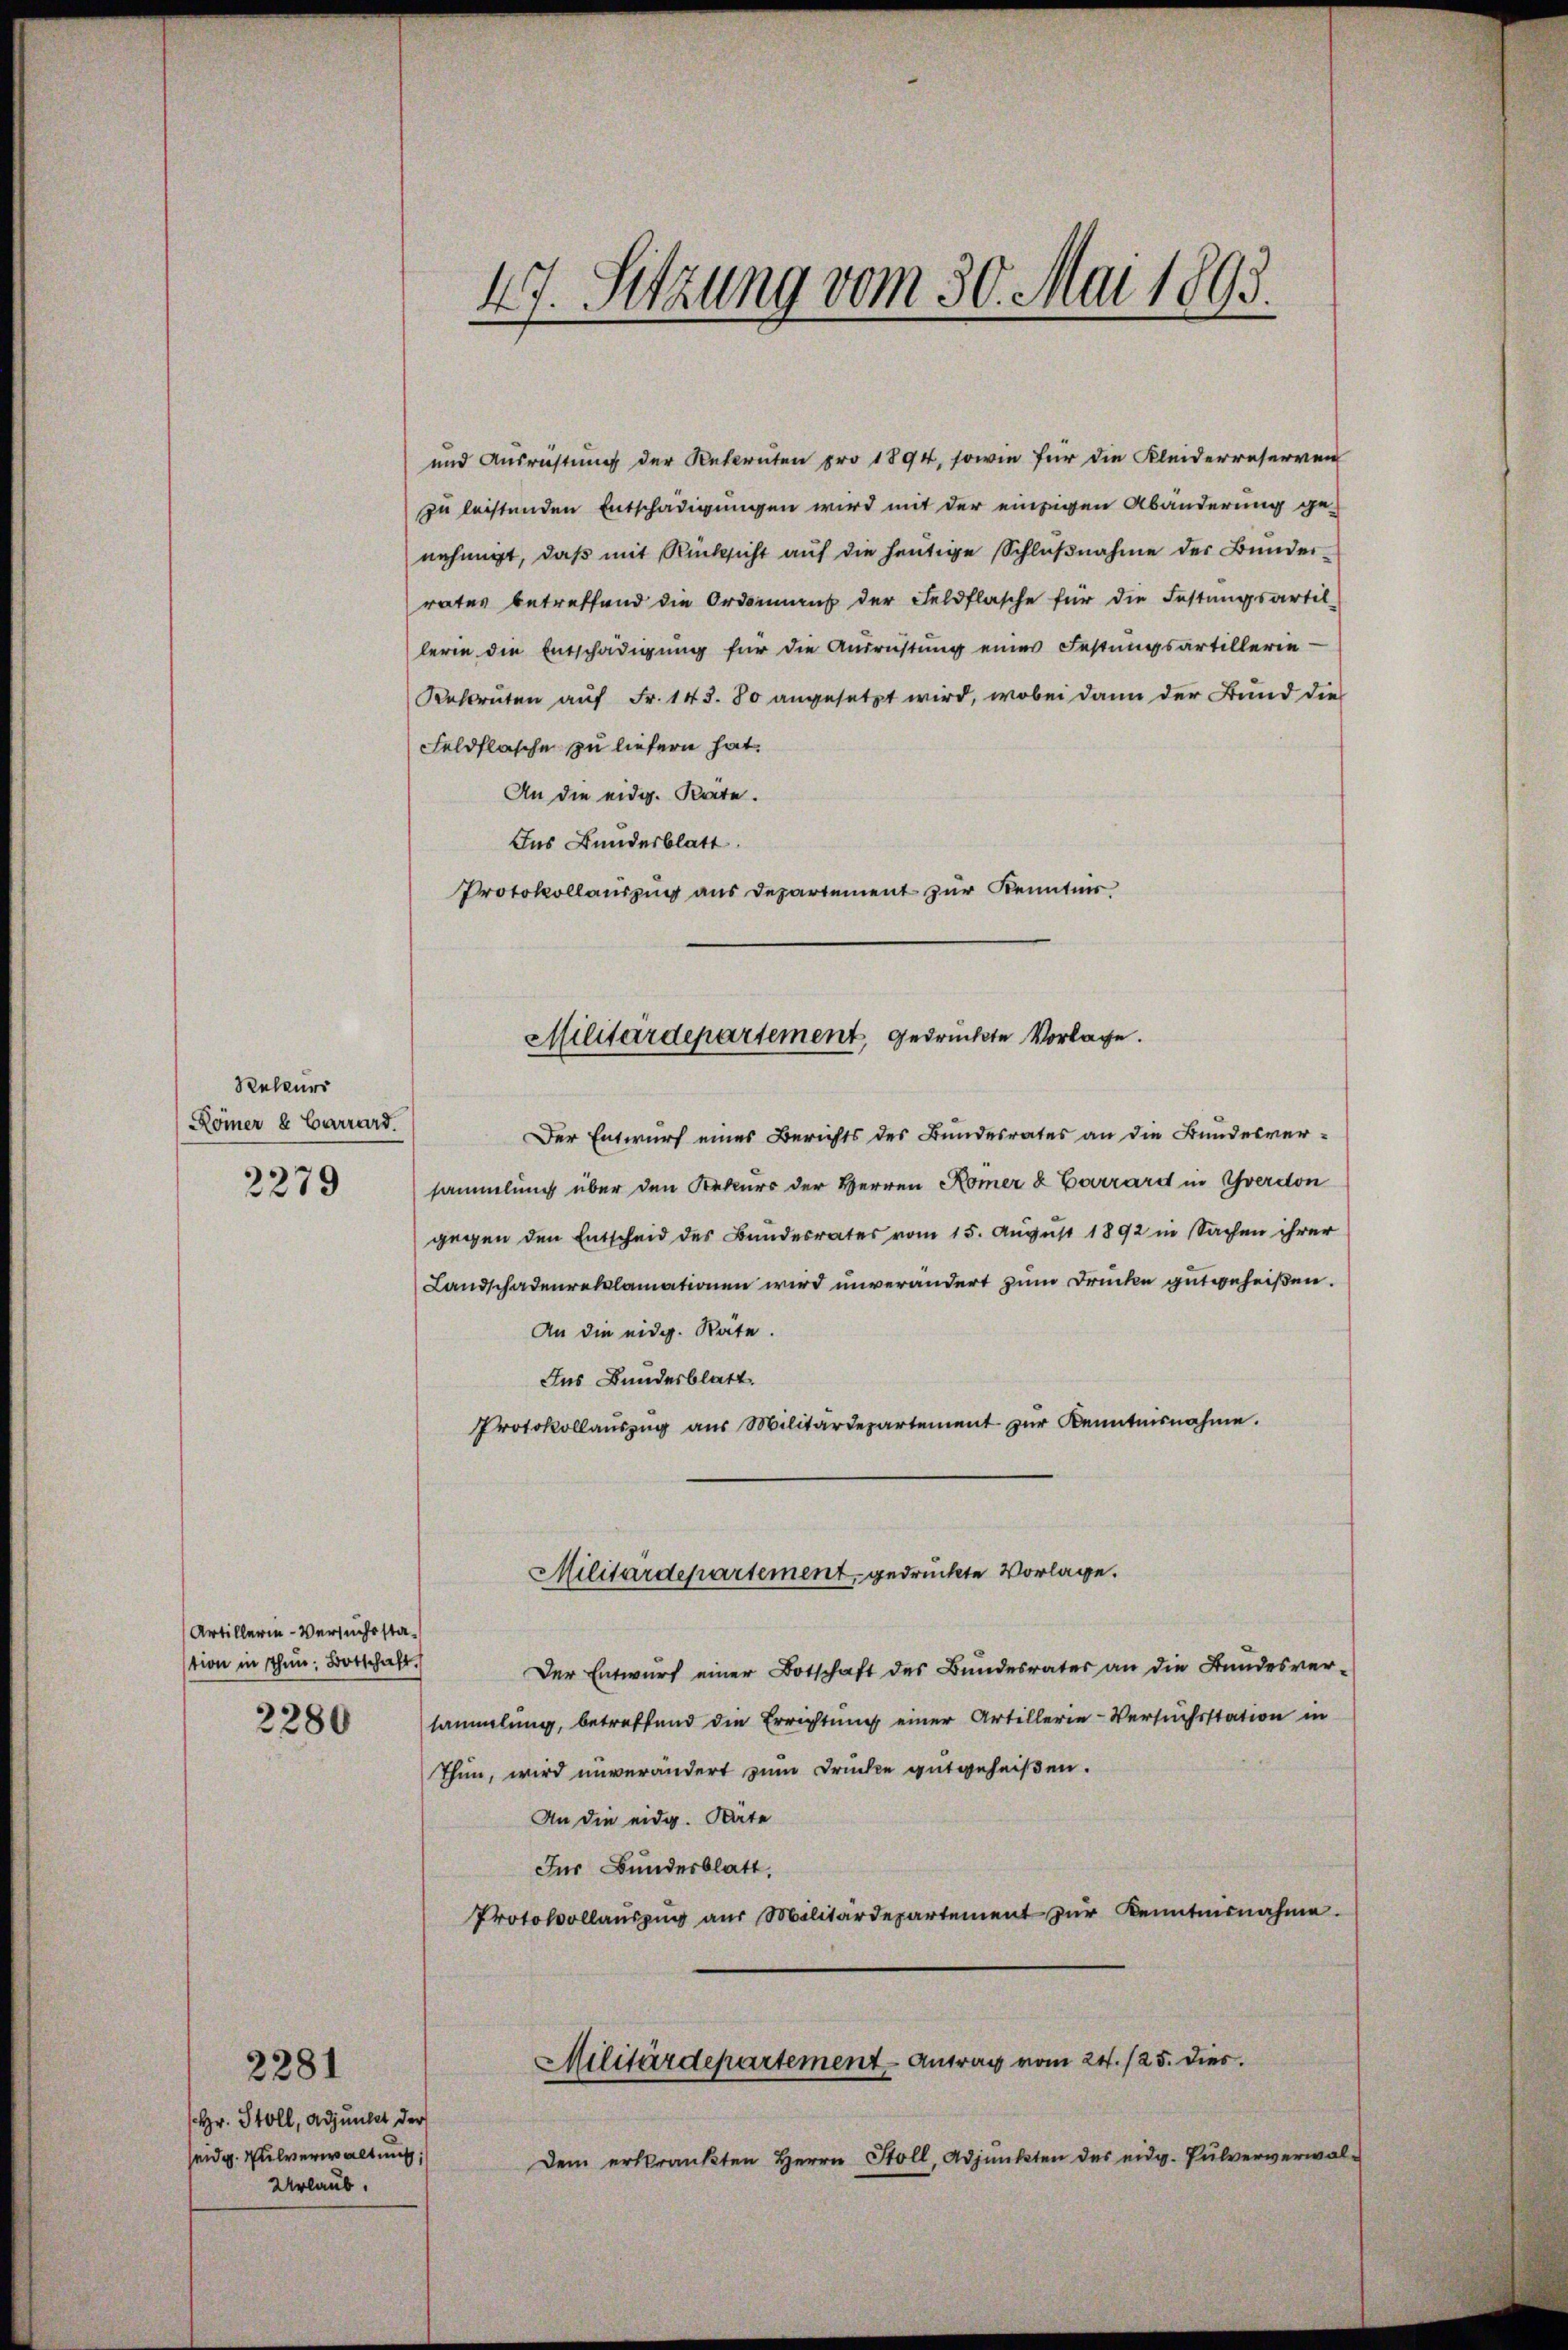
Reteurs
Römer & Carrard.
2279

Artillerie-Versuchsstastion in Thun. Botschaft.
2280

Hr. Stoll, Adjunkt der
seidg. Pulverwaltung,
Urlaub.

2281

47. Setzung vom 30. Mai 1893.

und Ausrüstung der Rekruten pro 1894, sowie für die Kleiderreserven
zu leistenden Entschädigungen wird mit der einzigen Abänderung ge-
nehmigt, daß mit Rücksicht auf die heutige Schlußnahme der Bunderrates betreffend die Ordonnant der Feldflasche für die Festungsartil-
lerie die Entschädigung für die Ausrichtung einer Festungsartillerin-
Rekruten auf Fr. 143. 80 angesetzt wird, wobei dann der Bund dies
Feldflasche zu liefern hat.
An die eidg. Karte.
Ins Bundesblatt.
Protokollauszug aus Departement zur Kenntnis
Der Entwurf eines Berichts des Bundesrates an die Bundesversammlung über den Rekurs der Herren Komer & Carrard in Yverdon
gegen den Entscheid des Bundesrates vom 15. August 1892 in Sachen ihrer
Landschadenreklamationen wird unverändert zum Drucke gutgeheißen.
An die eidg. Räte.
Ins Bundesblatt.
Protokollaŭszŭg aŭs Militärdepartement zŭr Kenntnisnahme.
Militärdepartement gedruckte Vorlage.
Der Entwurf einer Botschaft des Bundesrates an die Bundesver-
sammlung, betreffend die Errichtung einer Artillerie-Versuchsstation in
Thun, wird unverändert zum Drucken gutgeheißen.
An die eidg. Räte
Ins Bundesblatt.
Protokollauszug aus Militärdepartement zŭr Kenntnisnahme.
Militärdepartement - Antrag vom 24./25. dies
Dem erkrankten Herrn Holl, Adjunkten des eidg. Pulververwal-

Militärdepartement, gedrückte Vorlage.